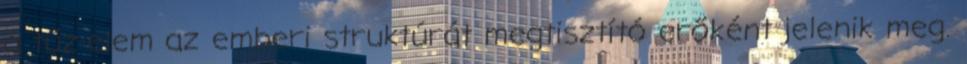
a tűz-elem az emberi struktúrát megtisztító erőként jelenik meg.